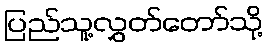
ပြည်သူ့လွှတ်တော်သို့